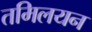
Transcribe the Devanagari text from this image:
तमिलयन